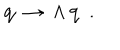
LaTeX: { \bf q } ~ \rightarrow ~ \Lambda \, { \bf q } ~ ~ .